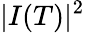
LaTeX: |I(T)|^{2}